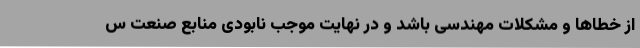
از خطاها و مشکلات مهندسی باشد و در نهایت موجب نابودی منابع صنعت س